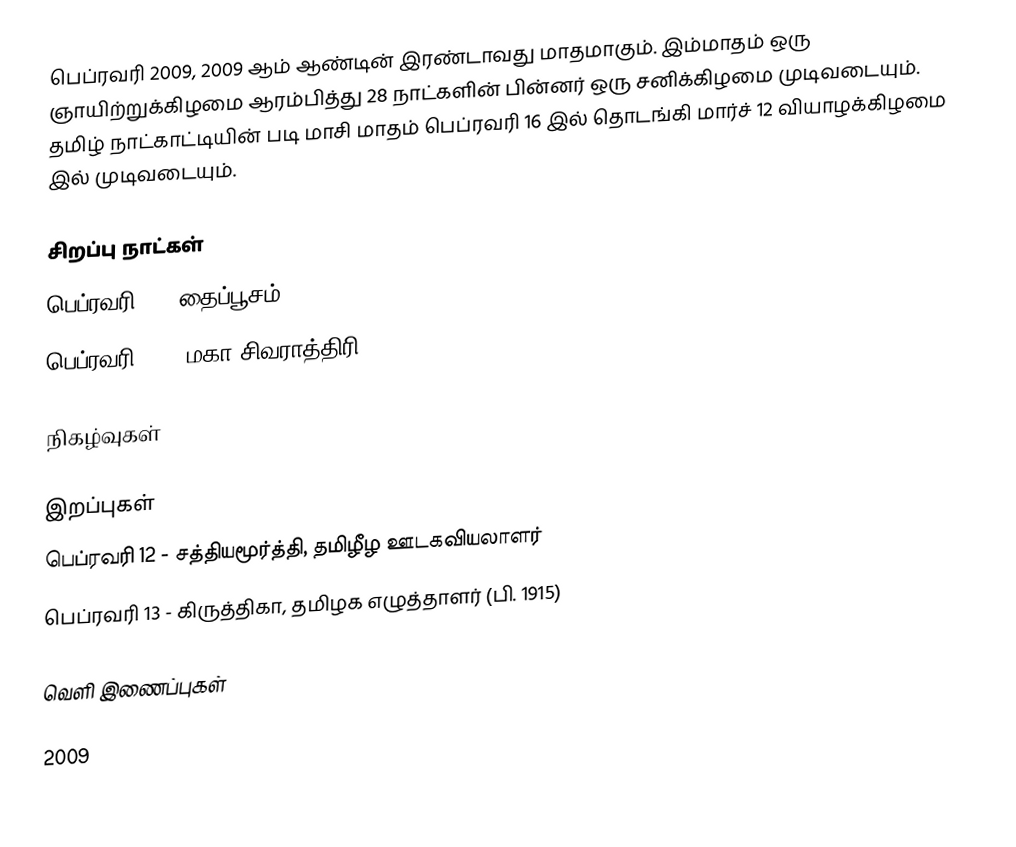
பெப்ரவரி 2009, 2009 ஆம் ஆண்டின் இரண்டாவது மாதமாகும். இம்மாதம் ஒரு ஞாயிற்றுக்கிழமை ஆரம்பித்து 28 நாட்களின் பின்னர் ஒரு சனிக்கிழமை முடிவடையும். தமிழ் நாட்காட்டியின் படி மாசி மாதம் பெப்ரவரி 16 இல் தொடங்கி மார்ச் 12 வியாழக்கிழமை இல் முடிவடையும்.

சிறப்பு நாட்கள்
 பெப்ரவரி 8 - தைப்பூசம்
 பெப்ரவரி 23 - மகா சிவராத்திரி

நிகழ்வுகள்

இறப்புகள்
 பெப்ரவரி 12 - சத்தியமூர்த்தி, தமிழீழ ஊடகவியலாளர்
 பெப்ரவரி 13 - கிருத்திகா, தமிழக எழுத்தாளர் (பி. 1915)

வெளி இணைப்புகள்

2009